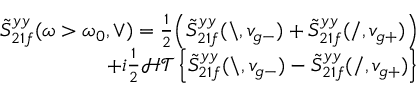
\begin{array} { r } { \tilde { S } _ { 2 1 f } ^ { y y } ( \omega > \omega _ { 0 } , \vee ) = \frac { 1 } { 2 } \Big ( \tilde { S } _ { 2 1 f } ^ { y y } ( \backslash , v _ { g - } ) + \tilde { S } _ { 2 1 f } ^ { y y } ( / , v _ { g + } ) \Big ) } \\ { + i \frac { 1 } { 2 } \mathcal { H T } \left\{ \tilde { S } _ { 2 1 f } ^ { y y } ( \backslash , v _ { g - } ) - \tilde { S } _ { 2 1 f } ^ { y y } ( / , v _ { g + } ) \right\} } \end{array}